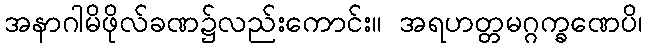
အနာဂါမိဖိုလ်ခဏ၌လည်းကောင်း။ အရဟတ္တမဂ္ဂက္ခဏေပိ၊